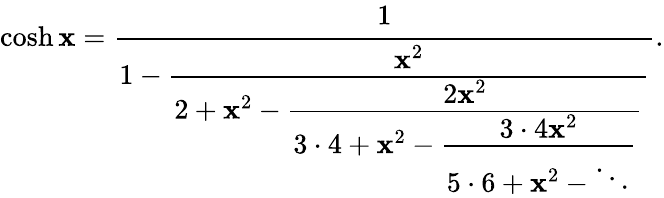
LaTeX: \cosh\mathbf{x}={\cfrac{1}{1-{\cfrac{\mathbf{x}^{2}}{2+\mathbf{x}^{2}-{\cfrac{2\mathbf{x}^{2}}{3\cdot4+\mathbf{x}^{2}-{\cfrac{3\cdot4\mathbf{x}^{2}}{5\cdot6+\mathbf{x}^{2}-\ddots}}}}}}}}.